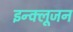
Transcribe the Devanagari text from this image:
इन्क्लूजन